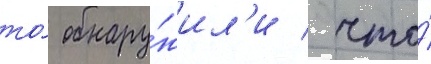
то́ обнару́жил'и / что́